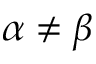
\alpha \neq \beta